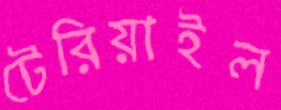
টেরিয়াইল